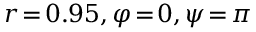
r \! = \! 0 . 9 5 , \varphi \! = \! 0 , \psi \! = \! \pi